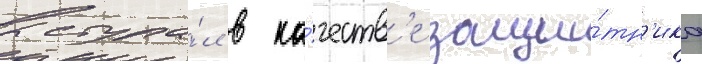
выступа́л в ка́честв'е защи́тн'ика